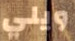
ويلي